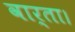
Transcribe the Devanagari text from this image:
वार्ता।